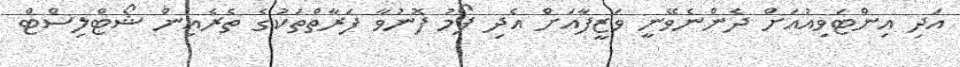
އަދި އިންޓަވިއުއަށް ދެންނެވޭނީ ވަޒީފާއަށް އެދި ފޯމު ފޮނުވާ ފަރާތްތަކުގެ ތެރެއިން ޝޯޓްލިސްޓް